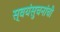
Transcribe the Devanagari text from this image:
स्वयंसुचनांची